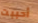
أحببت